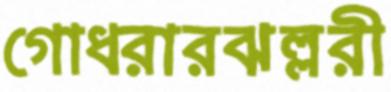
গোধরারঝল্লরী